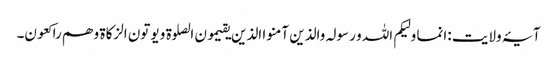
آیۂ ولایت :انما ولیکم اللہ و رسولہ والذین آمنو ا الذین یقیمون الصلوة و یوتون الزکاة و ھم راکعون۔